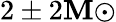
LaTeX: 2\pm2\mathbf{M}{\odot}